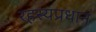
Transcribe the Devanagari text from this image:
रहस्यप्रधान